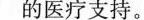
的医疗支持.